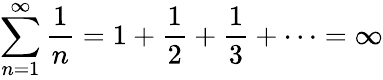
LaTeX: \sum_{n=1}^{\infty}{\frac{1}{n}}=1+{\frac{1}{2}}+{\frac{1}{3}}+\cdots=\infty